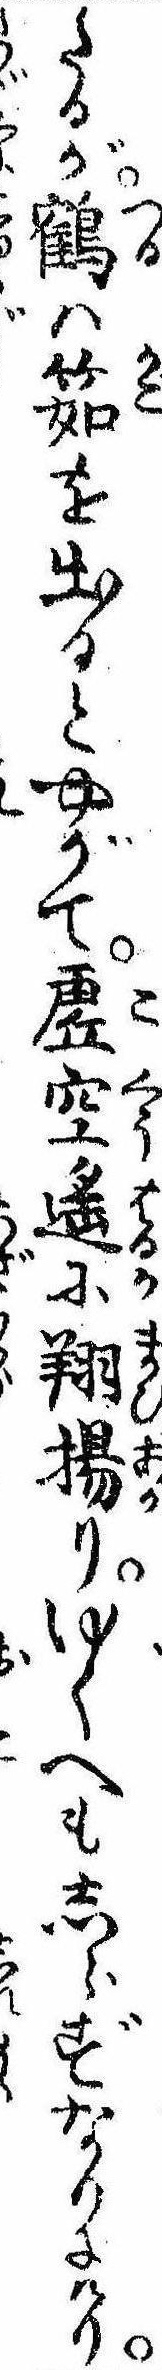
たるが鶴は筎を出るとやがて虚空遥に翔揚りゆくへもしらずなりにけり